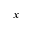
x